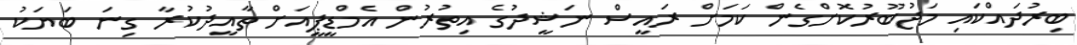
ބިރުދައްކައި މަޖުބޫރުކޮށްގެން ކަމަށް ރައީސް ނަޝީދުގެ އިތުރުން އެމްޑީޕީއަށް ތާއީދުކުރާ ގިނަ ބަޔަކު